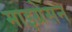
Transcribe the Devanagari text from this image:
माइग्रेसन